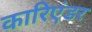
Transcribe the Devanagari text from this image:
कारिएंडर